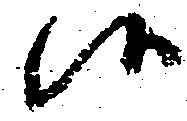
候